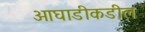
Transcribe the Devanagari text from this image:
आघाडीकडील